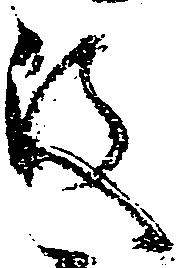
殿